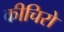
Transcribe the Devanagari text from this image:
कीचिरो